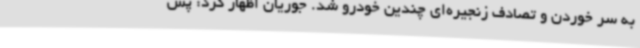
به سر خوردن و تصادف زنجیره‌ای چندین خودرو شد. جوریان اظهار کرد: پس